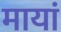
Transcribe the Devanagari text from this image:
मायां